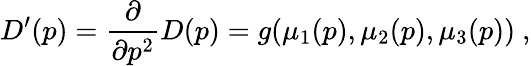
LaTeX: D^{\prime}(p)={\frac{\partial}{\partial p^{2}}}D(p)=g(\mu_{1}(p),\mu_{2}(p),\mu_{3}(p))~,